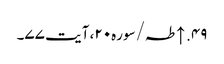
۴۹. ↑ طہ/سوره۲۰، آیت ۷۷۔